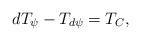
LaTeX: \begin{align*}dT_\psi-T_{d\psi}=T_C,\end{align*}